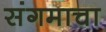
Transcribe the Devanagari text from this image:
संगमाचा